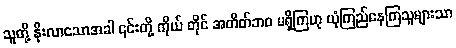
သူတို့ နိုးလာသောအခါ ၎င်းတို့ ကိုယ် တိုင် အတိတ်ဘဝ မရှိကြဟု ယုံကြည်နေကြသူများသာ